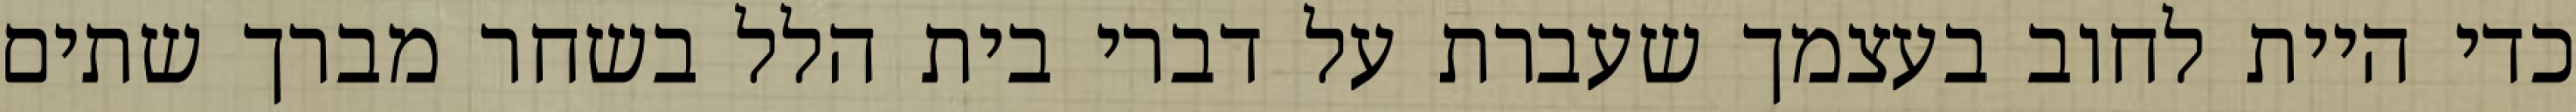
כדי היית לחוב בעצמך שעברת על דברי בית הלל בשחר מברך שתים